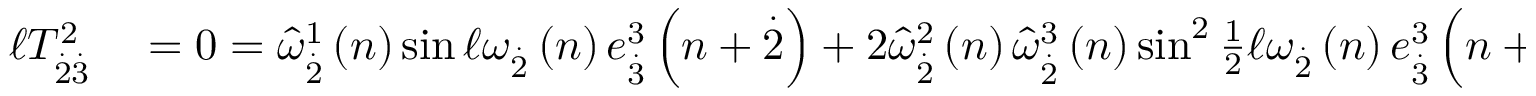
\begin{array} { r l } { \mathcal { \ell } T _ { \overset { . } { 2 } \overset { . } { 3 } } ^ { 2 } } & { { } = 0 = \widehat { \omega } _ { \overset { . } { 2 } } ^ { 1 } \left( n \right) \sin \mathcal { \ell } \omega _ { \overset { . } { 2 } } \left( n \right) e _ { \overset { . } { 3 } } ^ { 3 } \left( n + \overset { . } { 2 } \right) + 2 \widehat { \omega } _ { \overset { . } { 2 } } ^ { 2 } \left( n \right) \widehat { \omega } _ { \overset { . } { 2 } } ^ { 3 } \left( n \right) \sin ^ { 2 } \frac { 1 } { 2 } \mathcal { \ell } \omega _ { \overset { . } { 2 } } \left( n \right) e _ { \overset { . } { 3 } } ^ { 3 } \left( n + \overset { . } { 2 } \right) } \end{array}